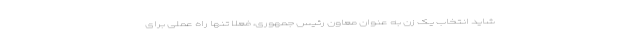
شاید انتخاب یک زن به عنوان معاون رئیس جمهوری، فعلا تنها راه عملی برای